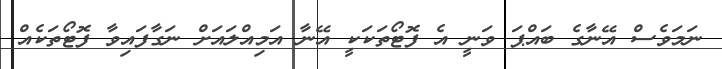
ނަމަވެސް އޭނާގެ ބައްޕަ ވަނީ އެ ފޮޓޯތަކަކީ އޭނާ އަމިއްލައަށް ނަގާފައިވާ ފޮޓޯތަކެއް